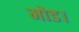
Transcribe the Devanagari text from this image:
मोड।